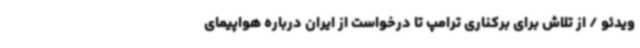
ویدئو / از تلاش برای برکناری ترامپ تا درخواست از ایران درباره هواپیمای